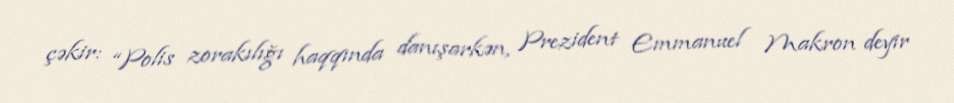
çəkir: “Polis zorakılığı haqqında danışarkən, Prezident Emmanuel Makron deyir